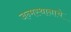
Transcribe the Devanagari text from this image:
जन्मस्थानाचे